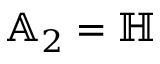
\mathbb { A } _ { 2 } = \mathbb { H }